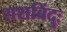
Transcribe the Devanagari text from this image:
शशबिंदुः